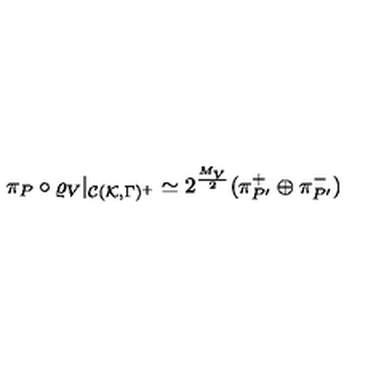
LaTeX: \pi _ { P } \circ \varrho _ { V } | _ { { \cal C } ( { \cal K } , \Gamma ) ^ { + } } \simeq 2 ^ { \frac { M _ { V } } { 2 } } ( \pi _ { P ^ { \prime } } ^ { + } \oplus \pi _ { P ^ { \prime } } ^ { - } )